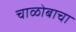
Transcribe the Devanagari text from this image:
चाळोबाचा